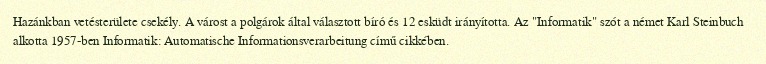
Hazánkban vetésterülete csekély. A várost a polgárok által választott bíró és 12 esküdt irányította. Az "Informatik" szót a német Karl Steinbuch alkotta 1957-ben Informatik: Automatische Informationsverarbeitung című cikkében.